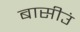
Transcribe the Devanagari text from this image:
बासीउं